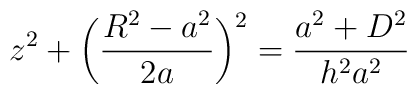
z^2+\bigg(\frac{R^2-a^2}{2a}\bigg)^2=\frac{a^2+D^2}{h^2a^2}